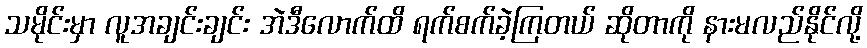
သမိုင်းမှာ လူအချင်းချင်း အဲဒီလောက်ထိ ရက်စက်ခဲ့ကြတယ် ဆိုတာကို နားမလည်နိုင်လို့